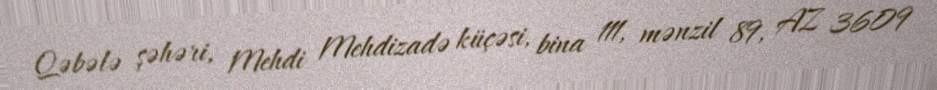
Qəbələ şəhəri, Mehdi Mehdizadə küçəsi, bina 111, mənzil 89, AZ 3609